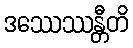
ဒဿေဿန္တီတိ